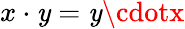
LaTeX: x\cdot\mathit{y}=\mathit{y}\cdotx